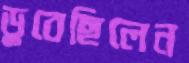
ডুবেছিলেন